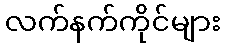
လက်နက်ကိုင်များ